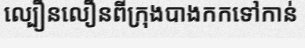
ល្បឿនលឿនពីក្រុងបាងកកទៅកាន់